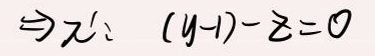
\(\Rightarrow z ^ { \prime } ( y - 1 ) - z = 0\)